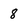
Character: 8